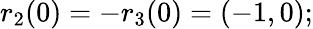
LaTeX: r_{2}(0)=-r_{3}(0)=(-1,0);